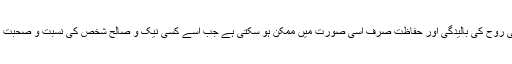
گویا دورِ جدید کے انسان کی روح کی بالیدگی اور حفاظت صرف اسی صورت میں ممکن ہو سکتی ہے جب اسے کسی نیک و صالح شخص کی نسبت و صحبت کے ساتھ منسلک کیا جائے۔